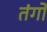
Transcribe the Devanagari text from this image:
तंगो